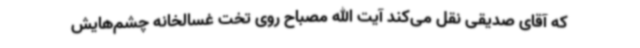
که آقای صدیقی نقل می‌کند آیت الله مصباح روی تخت غسالخانه چشم‌هایش